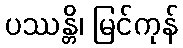
ပဿန္တိ၊ မြင်ကုန်